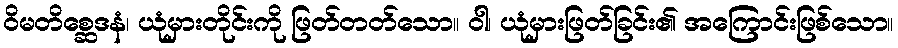
ဝိမတိစ္ဆေဒနံ၊ ယုံမှားတိုင်းကို ဖြတ်တတ်သော။ ဝါ၊ ယုံမှားဖြတ်ခြင်း၏ အကြောင်းဖြစ်သော။